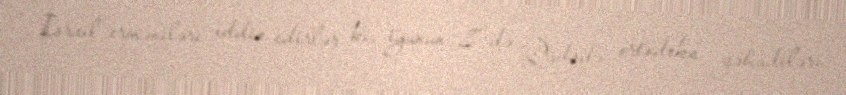
İsrail erməniləri iddia edirlər ki, iyunun 8-də Qüdsdə ortodoks yəhudiləri